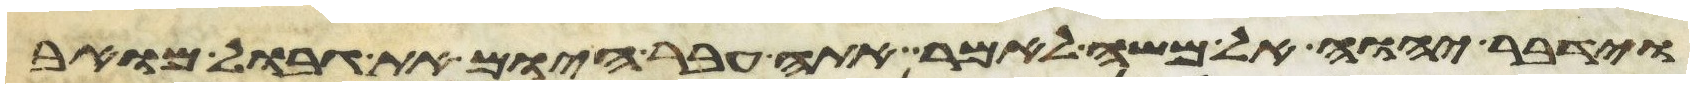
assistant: וידבר יהוה אל משה לאמר אתה עבר היום את גבול מואב